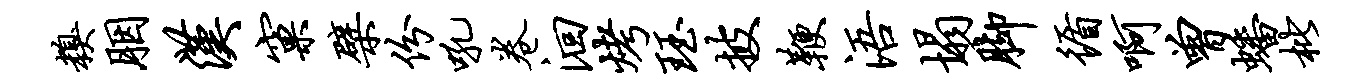
糗胭汉窠檗份吼卷洄烤珏披鞭浯塌脚循啊曾蟠枇